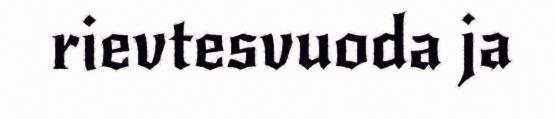
rievtesvuoda ja